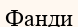
Фанди